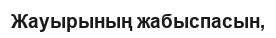
Жауырының жабыспасын,